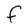
Character: F